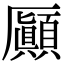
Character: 𠫉